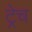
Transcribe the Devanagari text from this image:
ट्रेच